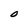
Character: O